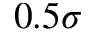
0 . 5 \sigma